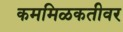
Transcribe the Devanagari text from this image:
कममिळकतीवर